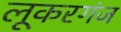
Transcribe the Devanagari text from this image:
लूकरगंज